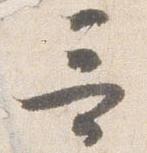
哥